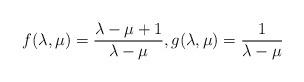
LaTeX: \begin{align*} f(\lambda,\mu)= \frac{\lambda-\mu+1}{\lambda-\mu}, g(\lambda,\mu)= \frac{1}{\lambda-\mu}\end{align*}